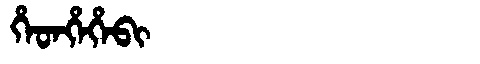
Manchu: ᡥᡝᡨᡥᡝᡥᡝᠪᡳ
Romanization: HETHEHEBI